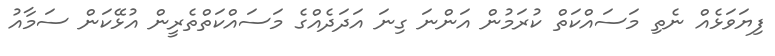
ފިޔަވަޅެއް ނެތި މަސައްކަތް ކުރަމުން އަންނަ ގިނަ އަދަދެއްގެ މަސައްކަތްތެރީން އުޅޭކަން ސަމާއު